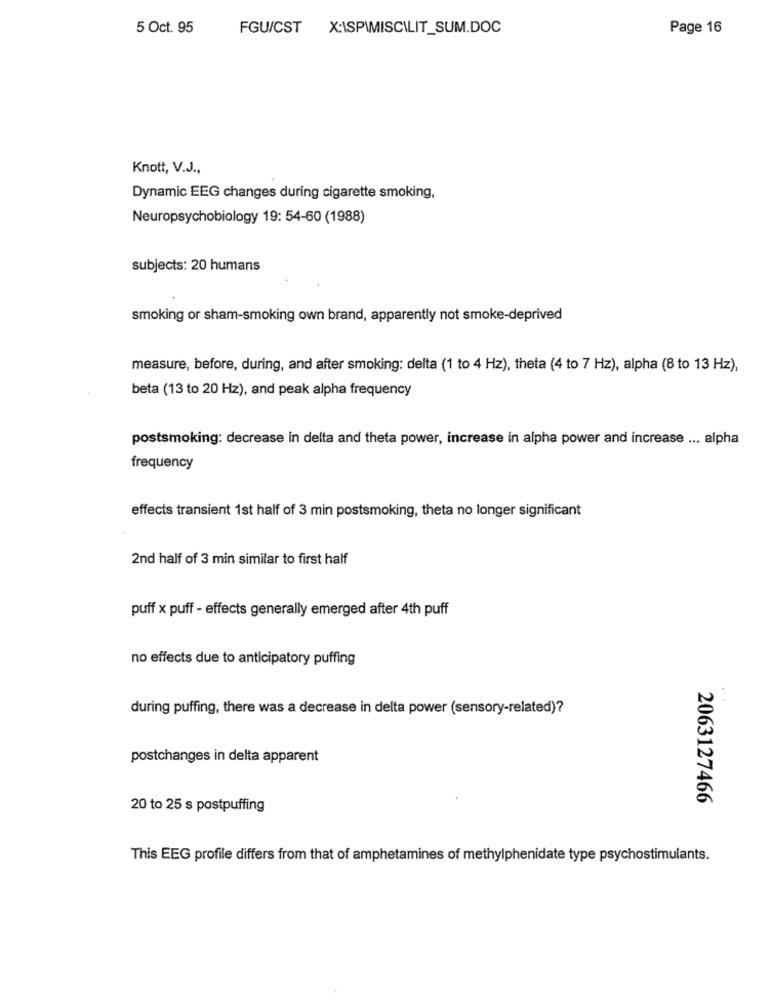
5 Oct. 95
FGU/CST X:\SPIMISCILIT_SUM.DOC
Page 16
Knott, V.J .,
Dynamic EEG changes during cigarette smoking,
Neuropsychobiology 19: 54-60 (1988)
subjects: 20 humans
smoking or sham-smoking own brand, apparently not smoke-deprived
measure, before, during, and after smoking: delta (1 to 4 Hz), theta (4 to 7 Hz), alpha (8 to 13 Hz),
beta (13 to 20 Hz), and peak alpha frequency
postsmoking: decrease in delta and theta power, increase in alpha power and increase ... alpha
frequency
effects transient 1st half of 3 min postsmoking, theta no longer significant
2nd half of 3 min similar to first half
puff x puff - effects generally emerged after 4th puff
no effects due to anticipatory puffing
during puffing, there was a decrease in delta power (sensory-related)?
postchanges in delta apparent
2063127466
20 to 25 s postpuffing
This EEG profile differs from that of amphetamines of methylphenidate type psychostimulants.